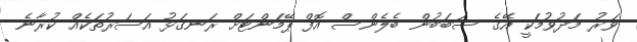
ވަރު މަދުވުމަކީ އޭގެ ސަބަބުން ބެލެންސް އޮފް ޕޭމަންޓަށް ރަނގަޅު އަސަރުތަކެއް ކުރާނެ